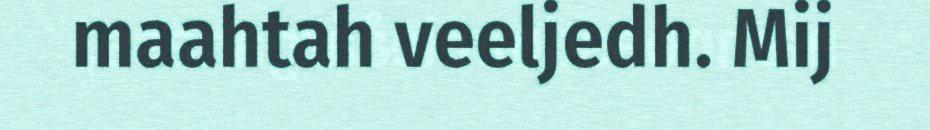
maahtah veeljedh. Mij